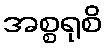
အစ္စရုစိ